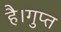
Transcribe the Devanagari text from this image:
है।गुप्त